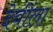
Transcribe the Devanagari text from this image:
देवींला